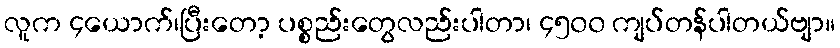
လူက ၄ယောက်၊ပြီးတော့ ပစ္စည်းတွေလည်းပါတာ၊ ၄၅၀၀ ကျပ်တန်ပါတယ်ဗျာ။